Madras plague regulations in force outside the Presidency town - Volume 1
Disease focus: Plague
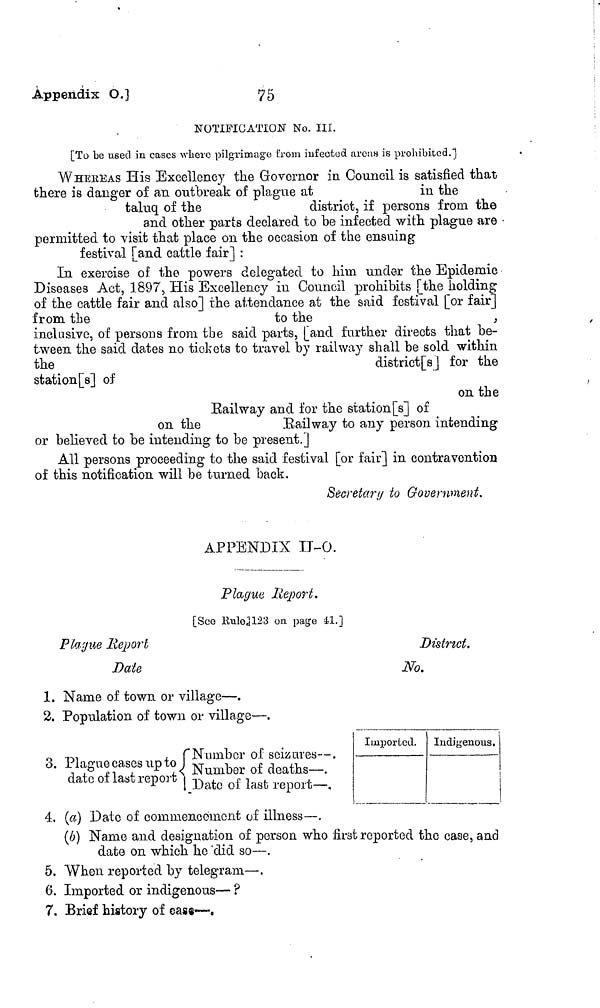
Appendix O.]
75
NOTIFICATION No. III.
[To be used in cases where pilgrimage from infected areas is prohibited."]
WHEREAS His Excellency the Governor in Council is satisfied that
there is danger of an outbreak of plague at
in
the
taluq of the
district, if persons from the
and other parts declared to he infected with plague are
permitted to visit that place on the occasion of the ensuing
festival [and cattle fair] :
In exercise of the powers delegated to him under the Epidemic
Diseases Act, 1897, His Excellency in Council prohibits [the holding
of the cattle fair and also] the attendance at the said festival [or fair]
from the
to the
,
inclusive, of persons from the said parts, [and further directs that be-
tween the said dates no tickets to travel by railway shall be sold within
the
district [sj for the
station [s] of
on the
Railway and for the station [s] of
on the
."Railway to any person intending
or believed to be intending to be present.]
All persons proceeding to the said festival [or fair] in contravention
of this notification will be turned back.
Secretar;/ to Government.
APPENDIX II-O.
Plague lieport.
[See Ilulo3123 on page 41.]
P ¿ague Report
Date
1. Name of town or village—.
2. Population of town or village—.
o -m
L Number of seizures—.
. Plague cases up to I
Number of deaths—.
date 01 last report Date of last report—,
4. (a) Date of commencement of illness—.
District.
No.
Imported. Indigenous.
(6) Name and designation of person who first reported the case, and
date on which ho 'did so—.
5. When reported by telegram—.
6. Imported or indigenous— ?
7. Brief history of Gas—,